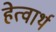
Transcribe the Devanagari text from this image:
हेत्वार्थ